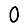
Digit: 0